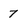
Character: 7